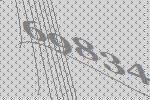
69834